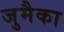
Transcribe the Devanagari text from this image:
जुमैका